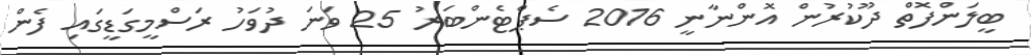
ބީލަންފޮތް ދޫކުރުން އޮންނާނީ 2016 ސެޕްޓެންބަރު 25 ވަނަ ދުވަހު ރަސްމީގަޑީގައި ފެން